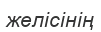
желісінің